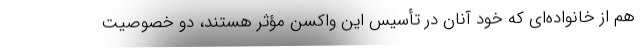
هم از خانواده‌ای که خود آنان در تأسیس این واکسن مؤثر هستند، دو خصوصیت